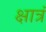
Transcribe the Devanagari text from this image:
क्षात्रं